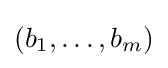
(b_{1},\dots ,b_{m})